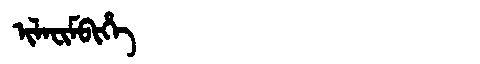
Manchu: ᡳᠯᠠᠸᡳᠮᠪᡳᡥᡝ
Romanization: ILAFIMBIHE